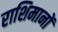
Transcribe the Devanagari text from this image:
राशिमानों